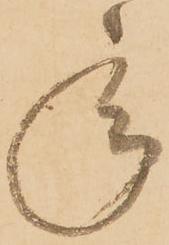
承